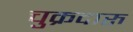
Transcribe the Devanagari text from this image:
चुक्रदारु